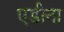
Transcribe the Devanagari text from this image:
एडीना